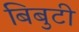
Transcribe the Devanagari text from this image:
बिबुटी